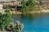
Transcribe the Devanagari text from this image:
गांधींजीना